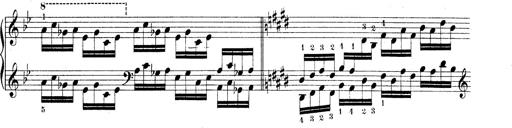
Title: Technische Studien
Composer: Franz Liszt